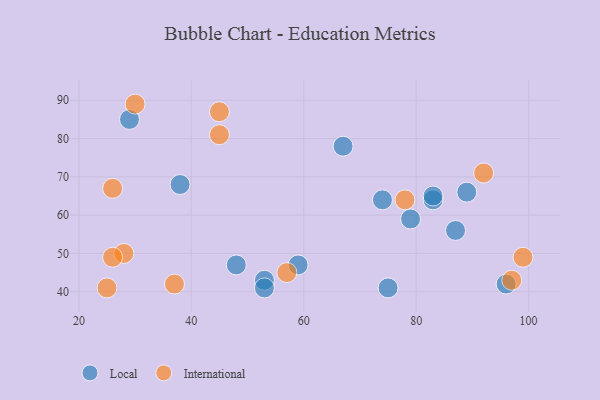
{"axis": {"x": "GDP", "y": "Life Expectancy"}, "legend": ["International", "Local"], "data": [{"x": "75", "y": 41, "type": "Local"}, {"x": "38", "y": 68, "type": "Local"}, {"x": "53", "y": 43, "type": "Local"}, {"x": "83", "y": 64, "type": "Local"}, {"x": "59", "y": 47, "type": "Local"}, {"x": "79", "y": 59, "type": "Local"}, {"x": "74", "y": 64, "type": "Local"}, {"x": "83", "y": 65, "type": "Local"}, {"x": "53", "y": 41, "type": "Local"}, {"x": "96", "y": 42, "type": "Local"}, {"x": "87", "y": 56, "type": "Local"}, {"x": "48", "y": 47, "type": "Local"}, {"x": "67", "y": 78, "type": "Local"}, {"x": "29", "y": 85, "type": "Local"}, {"x": "89", "y": 66, "type": "Local"}, {"x": "57", "y": 45, "type": "International"}, {"x": "28", "y": 50, "type": "International"}, {"x": "99", "y": 49, "type": "International"}, {"x": "25", "y": 41, "type": "International"}, {"x": "97", "y": 43, "type": "International"}, {"x": "78", "y": 64, "type": "International"}, {"x": "37", "y": 42, "type": "International"}, {"x": "26", "y": 49, "type": "International"}, {"x": "30", "y": 89, "type": "International"}, {"x": "92", "y": 71, "type": "International"}, {"x": "45", "y": 87, "type": "International"}, {"x": "26", "y": 67, "type": "International"}, {"x": "45", "y": 81, "type": "International"}]}